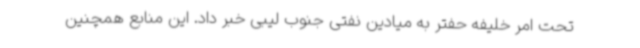
تحت امر خلیفه حفتر به میادین نفتی جنوب لیبی خبر داد. این منابع همچنین